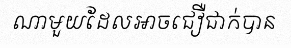
ណាមួយដែលអាចជឿជាក់បាន